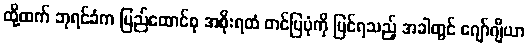
ထို့ထက် ဘုရင်ခံက ပြည်ထောင်စု အစိုးရထံ တင်ပြပုံကို မြင်ရသည့် အခါတွင် ဂျော်ဂျီယာ